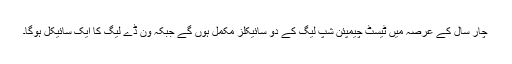
چار سال کے عرصہ میں ٹیسٹ چیمپئن شپ لیگ کے دو سائیکلز مکمل ہوں گے جبکہ ون ڈے لیگ کا ایک سائیکل ہوگا۔